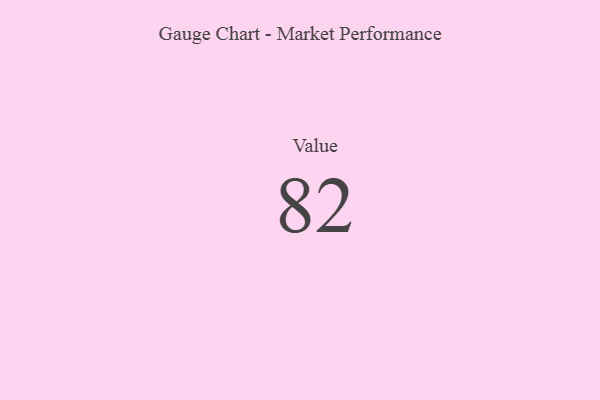
{"axis": {"x": "Metric", "y": "Value"}, "legend": [""], "data": [{"x": "Value", "y": 82, "type": ""}]}